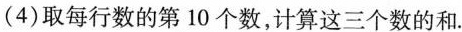
(4)取每行数的第10个数，计算这三个数的和.